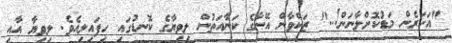
"އަހަރެން މަޑުކޮށްލާނަން!.." ޒަކްވާން އޭނާގެ ކަނާއަތުން ލިވިޔާގެ ކޮނޑުގައި ހިފައިލިއެވެ. ލިވިޔާ އާއި